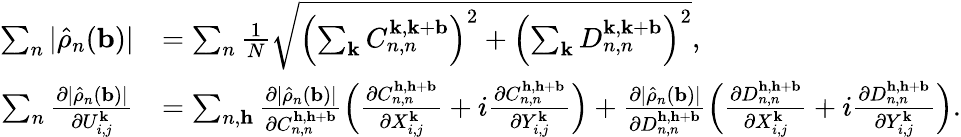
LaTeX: \begin{array}{rl}{\sum_{n}|\hat{\rho}_{n}(\mathbf{b})|}&{=\sum_{n}\frac{1}{N}\sqrt{\left(\sum_{\mathbf{k}}C_{n,n}^{\mathbf{k},\mathbf{k}+\mathbf{b}}\right)^{2}+\left(\sum_{\mathbf{k}}D_{n,n}^{\mathbf{k},\mathbf{k}+\mathbf{b}}\right)^{2}},}\\ {\sum_{n}\frac{\partial|\hat{\rho}_{n}(\mathbf{b})|}{\partial U_{i,j}^{\mathbf{k}}}}&{=\sum_{n,\mathbf{h}}\frac{\partial|\hat{\rho}_{n}(\mathbf{b})|}{\partial C_{n,n}^{\mathbf{h},\mathbf{h}+\mathbf{b}}}\left(\frac{\partial C_{n,n}^{\mathbf{h},\mathbf{h}+\mathbf{b}}}{\partial X_{i,j}^{\mathbf{k}}}+i\frac{\partial C_{n,n}^{\mathbf{h},\mathbf{h}+\mathbf{b}}}{\partial Y_{i,j}^{\mathbf{k}}}\right)+\frac{\partial|\hat{\rho}_{n}(\mathbf{b})|}{\partial D_{n,n}^{\mathbf{h},\mathbf{h}+\mathbf{b}}}\left(\frac{\partial D_{n,n}^{\mathbf{h},\mathbf{h}+\mathbf{b}}}{\partial X_{i,j}^{\mathbf{k}}}+i\frac{\partial D_{n,n}^{\mathbf{h},\mathbf{h}+\mathbf{b}}}{\partial Y_{i,j}^{\mathbf{k}}}\right).}\end{array}